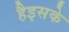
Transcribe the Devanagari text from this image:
हैइसके